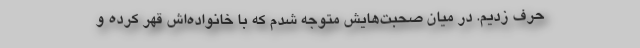
حرف زدیم. در میان صحبت‌هایش متوجه شدم که با خانواده‌اش قهر کرده و